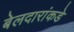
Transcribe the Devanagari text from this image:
बेलदारांकडे